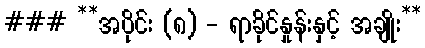
### **အပိုင်း (၈) - ရာခိုင်နှုန်းနှင့် အချိုး**